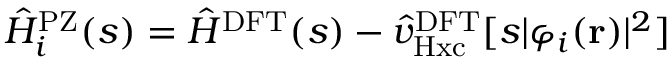
\hat { H } _ { i } ^ { \mathrm { P Z } } ( s ) = \hat { H } ^ { \mathrm { D F T } } ( s ) - \hat { v } _ { \mathrm { H x c } } ^ { \mathrm { D F T } } [ s | \varphi _ { i } ( \mathbf { r } ) | ^ { 2 } ]